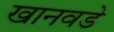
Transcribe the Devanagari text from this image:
खानवडे